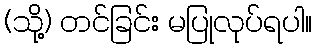
(သို့) တင်ခြင်း မပြုလုပ်ရပါ။